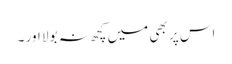
اس پر بھی میں کچھ نہ بولا اور ۔